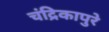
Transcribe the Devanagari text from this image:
चंद्रिकापुरे